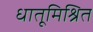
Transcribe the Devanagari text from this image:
धातूमिश्रित